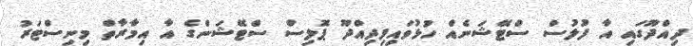
ދިއްދޫގައި އާ ފުލުސް ސްޓޭޝަނެއް ހުޅުވައިފިދިއްދޫ ޕޮލިސް ސްޓޭޝަންގެ އާ އިމާރާތް މިނިސްޓަރު